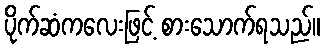
ပိုက်ဆံကလေးဖြင့် စားသောက်ရသည်။